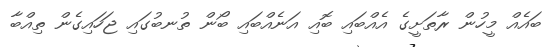
ބައެއް މީހުން ރާތަށީގެ އެއްބައި ބޮއި އަނެއްބައި ބޯން ތުނބުގައި ޖަހައިގެން ތިއްބާ